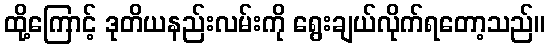
ထို့ကြောင့် ဒုတိယနည်းလမ်းကို ရွေးချယ်လိုက်ရတော့သည်။